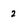
Character: 2